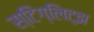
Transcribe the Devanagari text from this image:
स्टिग्लिट्झ